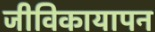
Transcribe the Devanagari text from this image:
जीविकायापन